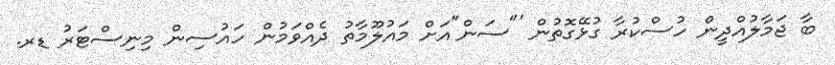
ބާ ޖަމާލުއްދީން ހުސްކުރާ ގުޅޭގޮތުން '"ސަން"އަށް މައުލޫމާތު ދެއްވަމުން ހައުސިން މިނިސްޓަރު ޑރ.